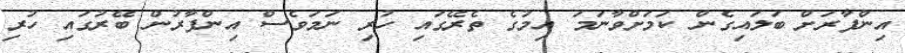
އިންފާރަށް ބަލައިގެން ކަމަށްވާނަމަ އިމުގެ ތެރޭގައި ހުރި ނަމަވެސް އިންފާރުން ބޭރުގައި ހުރި